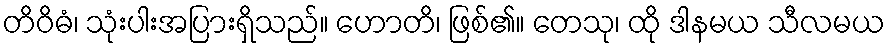
တိဝိဓံ၊ သုံးပါးအပြားရှိသည်။ ဟောတိ၊ ဖြစ်၏။ တေသု၊ ထို ဒါနမယ သီလမယ